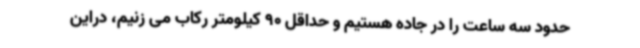
حدود سه ساعت را در جاده هستیم و حداقل 90 کیلومتر رکاب می زنیم، دراین